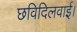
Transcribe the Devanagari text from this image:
छविदिलवाई।